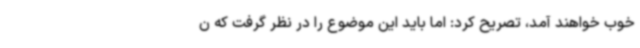
خوب خواهند آمد، تصریح کرد: اما باید این موضوع را در نظر گرفت که ن